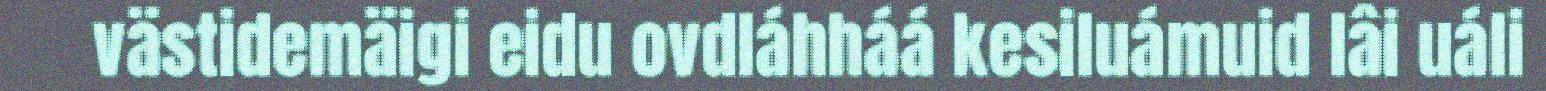
västidemäigi eidu ovdláhháá kesiluámuid lâi uáli